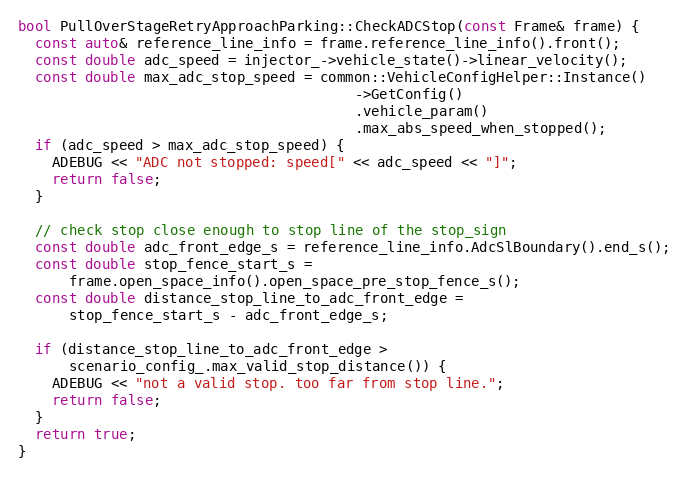
Language: C++
bool PullOverStageRetryApproachParking::CheckADCStop(const Frame& frame) {
  const auto& reference_line_info = frame.reference_line_info().front();
  const double adc_speed = injector_->vehicle_state()->linear_velocity();
  const double max_adc_stop_speed = common::VehicleConfigHelper::Instance()
                                        ->GetConfig()
                                        .vehicle_param()
                                        .max_abs_speed_when_stopped();
  if (adc_speed > max_adc_stop_speed) {
    ADEBUG << "ADC not stopped: speed[" << adc_speed << "]";
    return false;
  }

  // check stop close enough to stop line of the stop_sign
  const double adc_front_edge_s = reference_line_info.AdcSlBoundary().end_s();
  const double stop_fence_start_s =
      frame.open_space_info().open_space_pre_stop_fence_s();
  const double distance_stop_line_to_adc_front_edge =
      stop_fence_start_s - adc_front_edge_s;

  if (distance_stop_line_to_adc_front_edge >
      scenario_config_.max_valid_stop_distance()) {
    ADEBUG << "not a valid stop. too far from stop line.";
    return false;
  }
  return true;
}